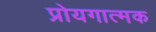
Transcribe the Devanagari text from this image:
प्रोयगात्मक